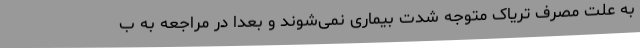
به علت مصرف تریاک متوجه شدت بیماری نمی‌شوند و بعدا در مراجعه به ب